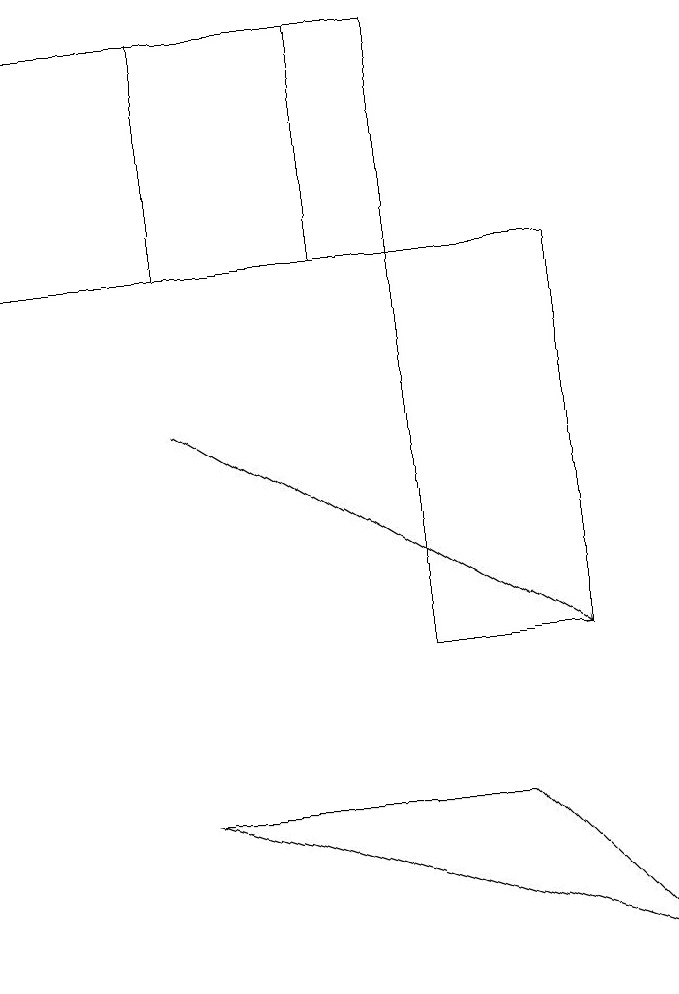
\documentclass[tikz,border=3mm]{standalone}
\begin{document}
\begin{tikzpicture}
\draw (6,9) -- (2,9) -- (8,7) -- cycle;
\draw (7,16) rectangle (5,11);
\draw (2,19) rectangle (5,16);
\draw[->] (2,14) -- (7,11);
\draw (4,19) rectangle (0,16);
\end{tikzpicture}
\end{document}